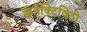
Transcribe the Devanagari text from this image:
कनेक्‍टिविटी